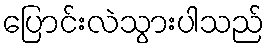
ပြောင်းလဲသွားပါသည်